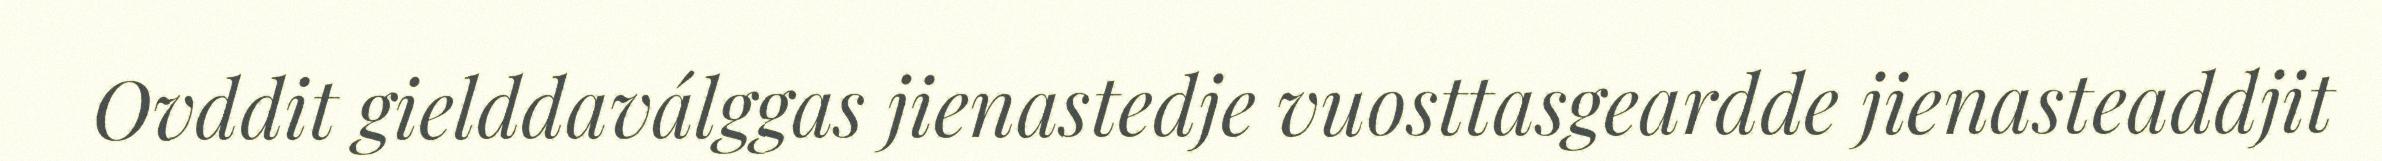
Ovddit gielddaválggas jienastedje vuosttasgeardde jienasteaddjit